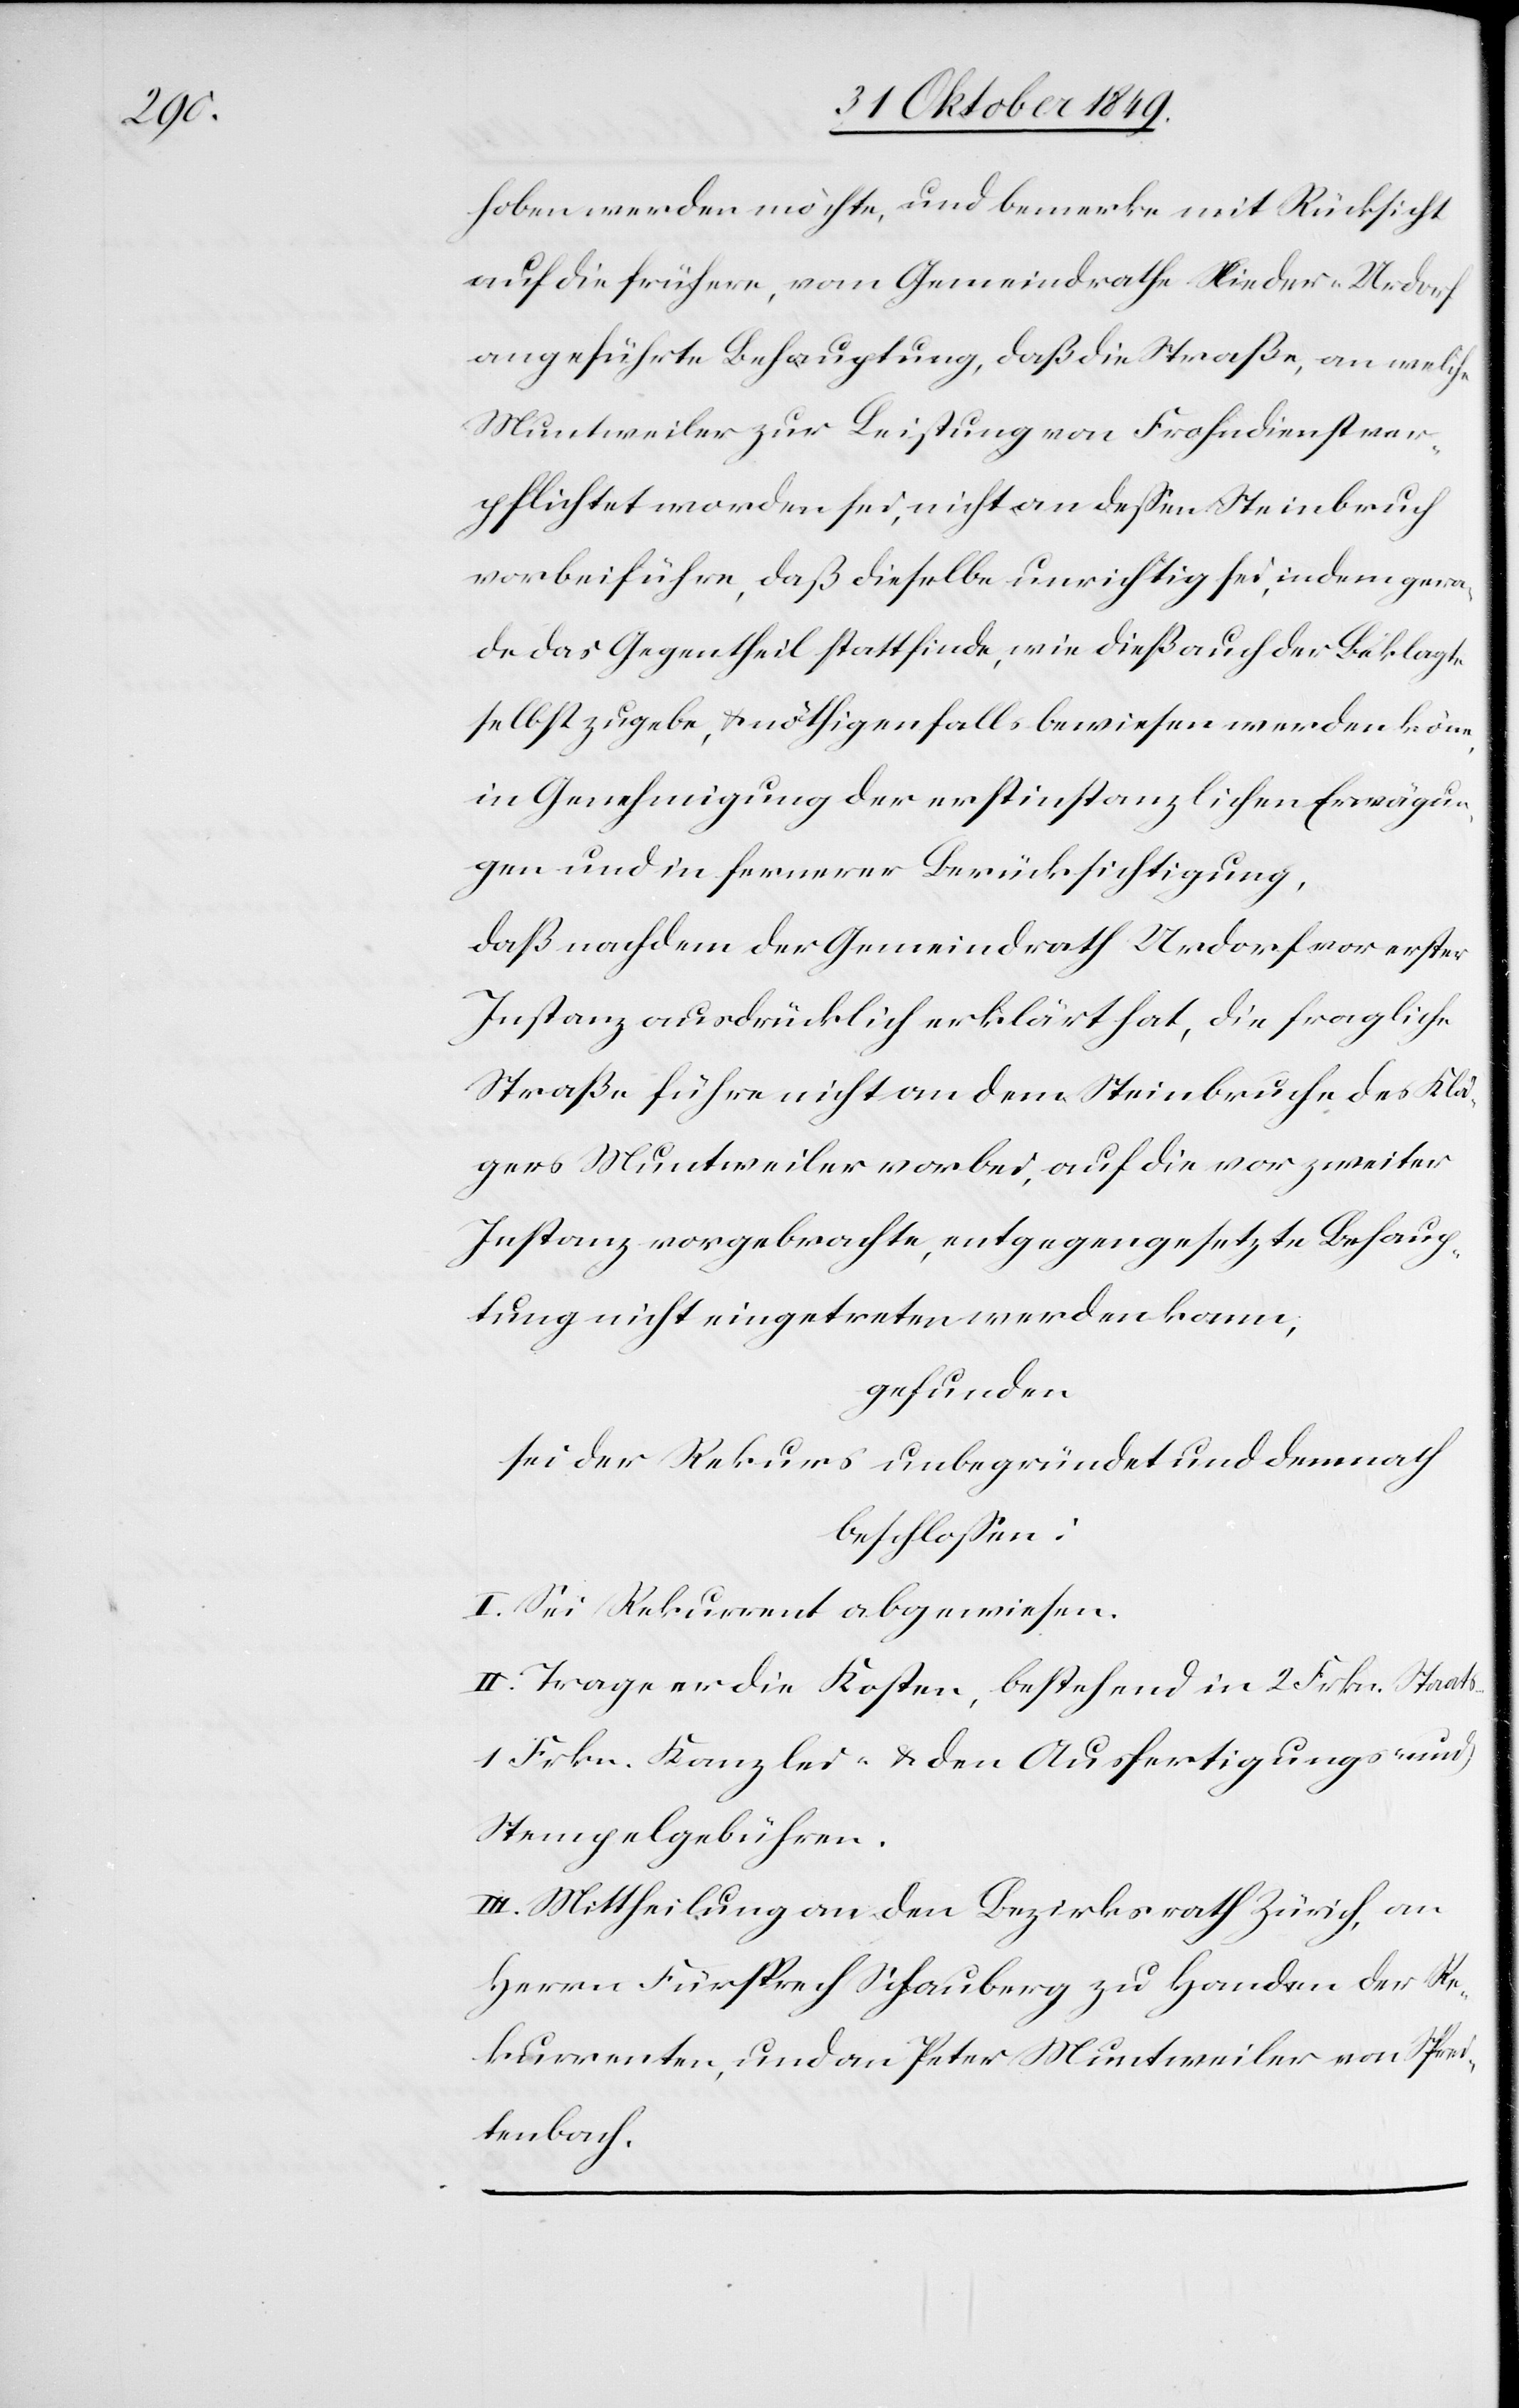
hoben werden möchte, und bemerke mit Rücksicht
auf die frühere, vom Gemeindrathe Nieder-Urdorf
angeführte Behauptung, daß die Straße, an welche
Muntweiler zur Leistung von Frohndiensten ver¬
pflichtet worden sei, nicht an deßen Steinbruch
vorbeiführe, daß dieselbe unrichtig sei, indem gera¬
de das Gegentheil stattfinde, wie dieß auch der Beklagte
selbst zugebe, u. nöthigenfalls bewiesen werden könne,
in Genehmigung der erstinstanzlichen Erwägun¬
gen und in fernerer Berücksichtigung,
daß nachdem der Gemeindrath Urdorf vor erster
Instanz ausdrücklich erklärt hat, die fragliche
Straße führe nicht an dem Steinbruche des Klä¬
gers Muntweiler vorbei, auf die vor zweiter
Instanz vorgebrachte, entgegengesetzte Behaup¬
tung nicht eingetreten werden kann,
gefunden
sei der Rekurs unbegründet und demnach
beschloßen:
I. Sei Rekurrent abgewiesen.
II. Trage er die Kosten, bestehend in 2 Frkn. Staats-
1 Frkn. Kanzlei- u. den Ausfertigungs- u.
Stempelgebühren.
III. Mittheilung an den Bezirksrath Zürich, an
Herrn Fürsprech Schauberg zu Handen der Re¬
kurrenten, und an Peter Muntweiler von Sprei¬
tenbach.